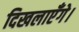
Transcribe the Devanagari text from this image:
दिखलाएँगे।